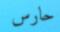
حارس